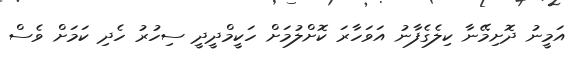
އަމީނު ދޮށިމޭނާ ކިލެގެފާނު އަވަހާރަ ކޮށްލުމަށް ހަކީމްދީދީ ސިހުރު ހެދި ކަމަށް ވެސް